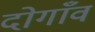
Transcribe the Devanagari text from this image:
दोगाँव